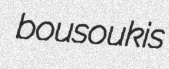
bousoukis